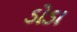
ડોડા